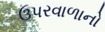
ઉપરવાળાનો